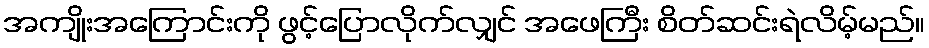
အကျိုးအကြောင်းကို ဖွင့်ပြောလိုက်လျှင် အဖေကြီး စိတ်ဆင်းရဲလိမ့်မည်။